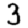
Digit: 3